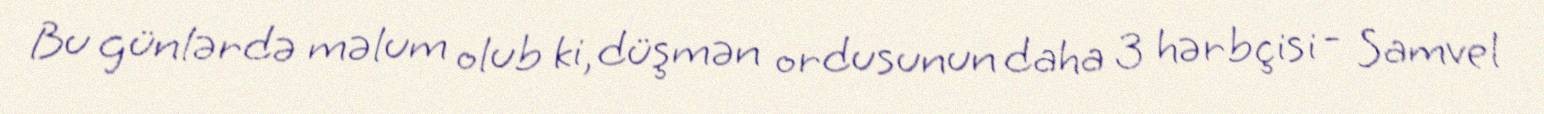
Bu günlərdə məlum olub ki, düşmən ordusunun daha 3 hərbçisi - Samvel